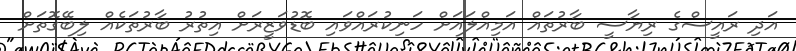
އަދި ރައީސްގެ ރިޔާސީ ބާރުތައް އަމިއްލައަށް ހަނިކުރައްވައި ބޮޑުވަޒީރަށް އިތުރު ބާރުތަކެއް ލިބޭގޮތަށް